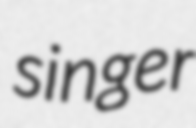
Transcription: singer